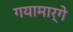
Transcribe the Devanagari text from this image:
गयामार्गे